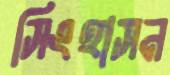
সিংহাসন